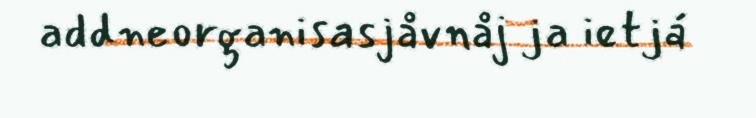
addneorganisasjåvnåj ja ietjá